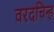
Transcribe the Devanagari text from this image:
वरदचिन्ह